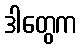
ဒါတွေက